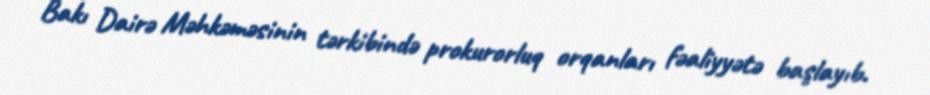
Bakı Dairə Məhkəməsinin tərkibində prokurorluq orqanları fəaliyyətə başlayıb.